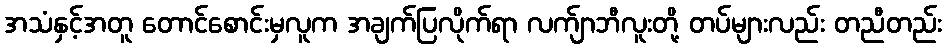
အသံနှင့်အတူ တောင်စောင်းမှလူက အချက်ပြလိုက်ရာ လက်ျာဘီလူးတို့ တပ်များလည်း တညီတည်း